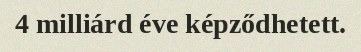
4 milliárd éve képződhetett.